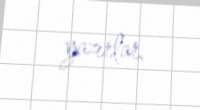
yazırlar.